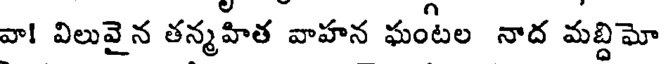
వా! విలువైన తన్మహిత వాహన ఘంటల నాద మబ్దిమో